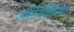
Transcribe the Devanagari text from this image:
अंटियोशिया